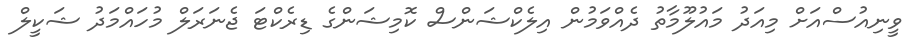
ވީނިއުސްއަށް މިއަދު މައުލޫމާތު ދެއްވަމުން އިލެކްޝަންސް ކޮމިޝަންގެ ޑިރެކްޓަ ޖެނަރަލް މުހައްމަދު ޝަކީލް